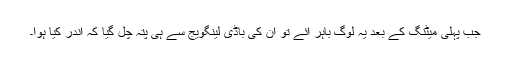
جب پہلی میٹنگ کے بعد یہ لوگ باہر آئے تو ان کی باڈی لینگویج سے ہی پتہ چل گیا کہ اندر کیا ہوا۔